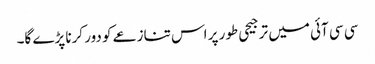
سی سی آئی میں ترجیحی طور پر اس تنازعے کو دور کرنا پڑے گا۔